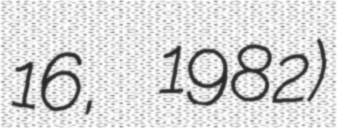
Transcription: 16, 1982)